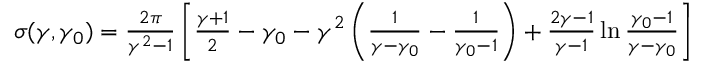
\begin{array} { r } { \sigma ( \gamma , \gamma _ { 0 } ) = \frac { 2 \pi } { \gamma ^ { 2 } - 1 } \left[ \frac { \gamma + 1 } 2 - \gamma _ { 0 } - \gamma ^ { 2 } \left( \frac { 1 } { \gamma - \gamma _ { 0 } } - \frac 1 { \gamma _ { 0 } - 1 } \right) + \frac { 2 \gamma - 1 } { \gamma - 1 } \ln \frac { \gamma _ { 0 } - 1 } { \gamma - \gamma _ { 0 } } \right] } \end{array}